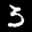
Label: 3